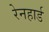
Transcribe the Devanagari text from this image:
रेनहार्ड